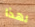
لهذا